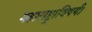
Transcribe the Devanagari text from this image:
महाराष्ट्राविषयी